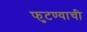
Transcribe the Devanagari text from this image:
फुटण्याची